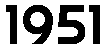
1951